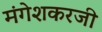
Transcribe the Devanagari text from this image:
मंगेशकरजी